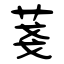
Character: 菚